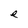
Character: e